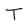
Character: T